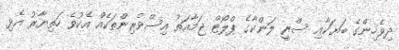
ދިވެހިންގެ ބަޔަކާއި ސްރީ ލަންކާގެ ޕްލޯޓް ޖަމާއަތު އިސްވެރިންތަކެއް އެކުވެ ހަތިޔާރު އެޅި